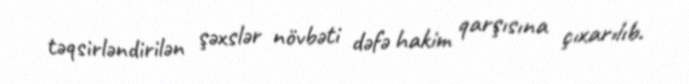
təqsirləndirilən şəxslər növbəti dəfə hakim qarşısına çıxarılıb.